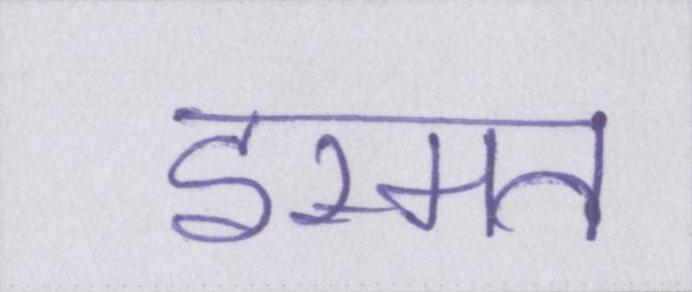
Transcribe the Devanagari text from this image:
इस्मत